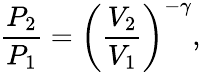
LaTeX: {\frac{P_{2}}{P_{1}}}=\left({\frac{V_{2}}{V_{1}}}\right)^{-\gamma},